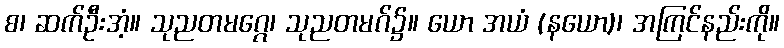
စ၊ ဆက်ဦးအံ့။ သုညတမဂ္ဂေ၊ သုညတမဂ်၌။ ယော အယံ (နယော)၊ အကြင်နည်းကို။